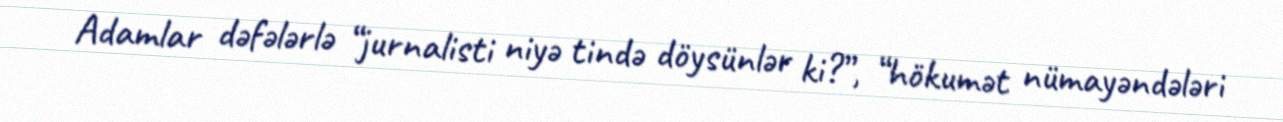
Adamlar dəfələrlə “jurnalisti niyə tində döysünlər ki?”, “hökumət nümayəndələri